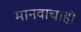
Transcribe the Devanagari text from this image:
मानवाचाही